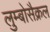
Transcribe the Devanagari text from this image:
लुम्बोसैक्रल